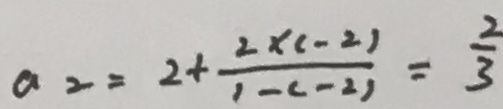
a _ { 2 } = 2 + \frac { 2 \times ( - 2 ) } { 1 - ( - 2 ) } = \frac { 2 } { 3 }